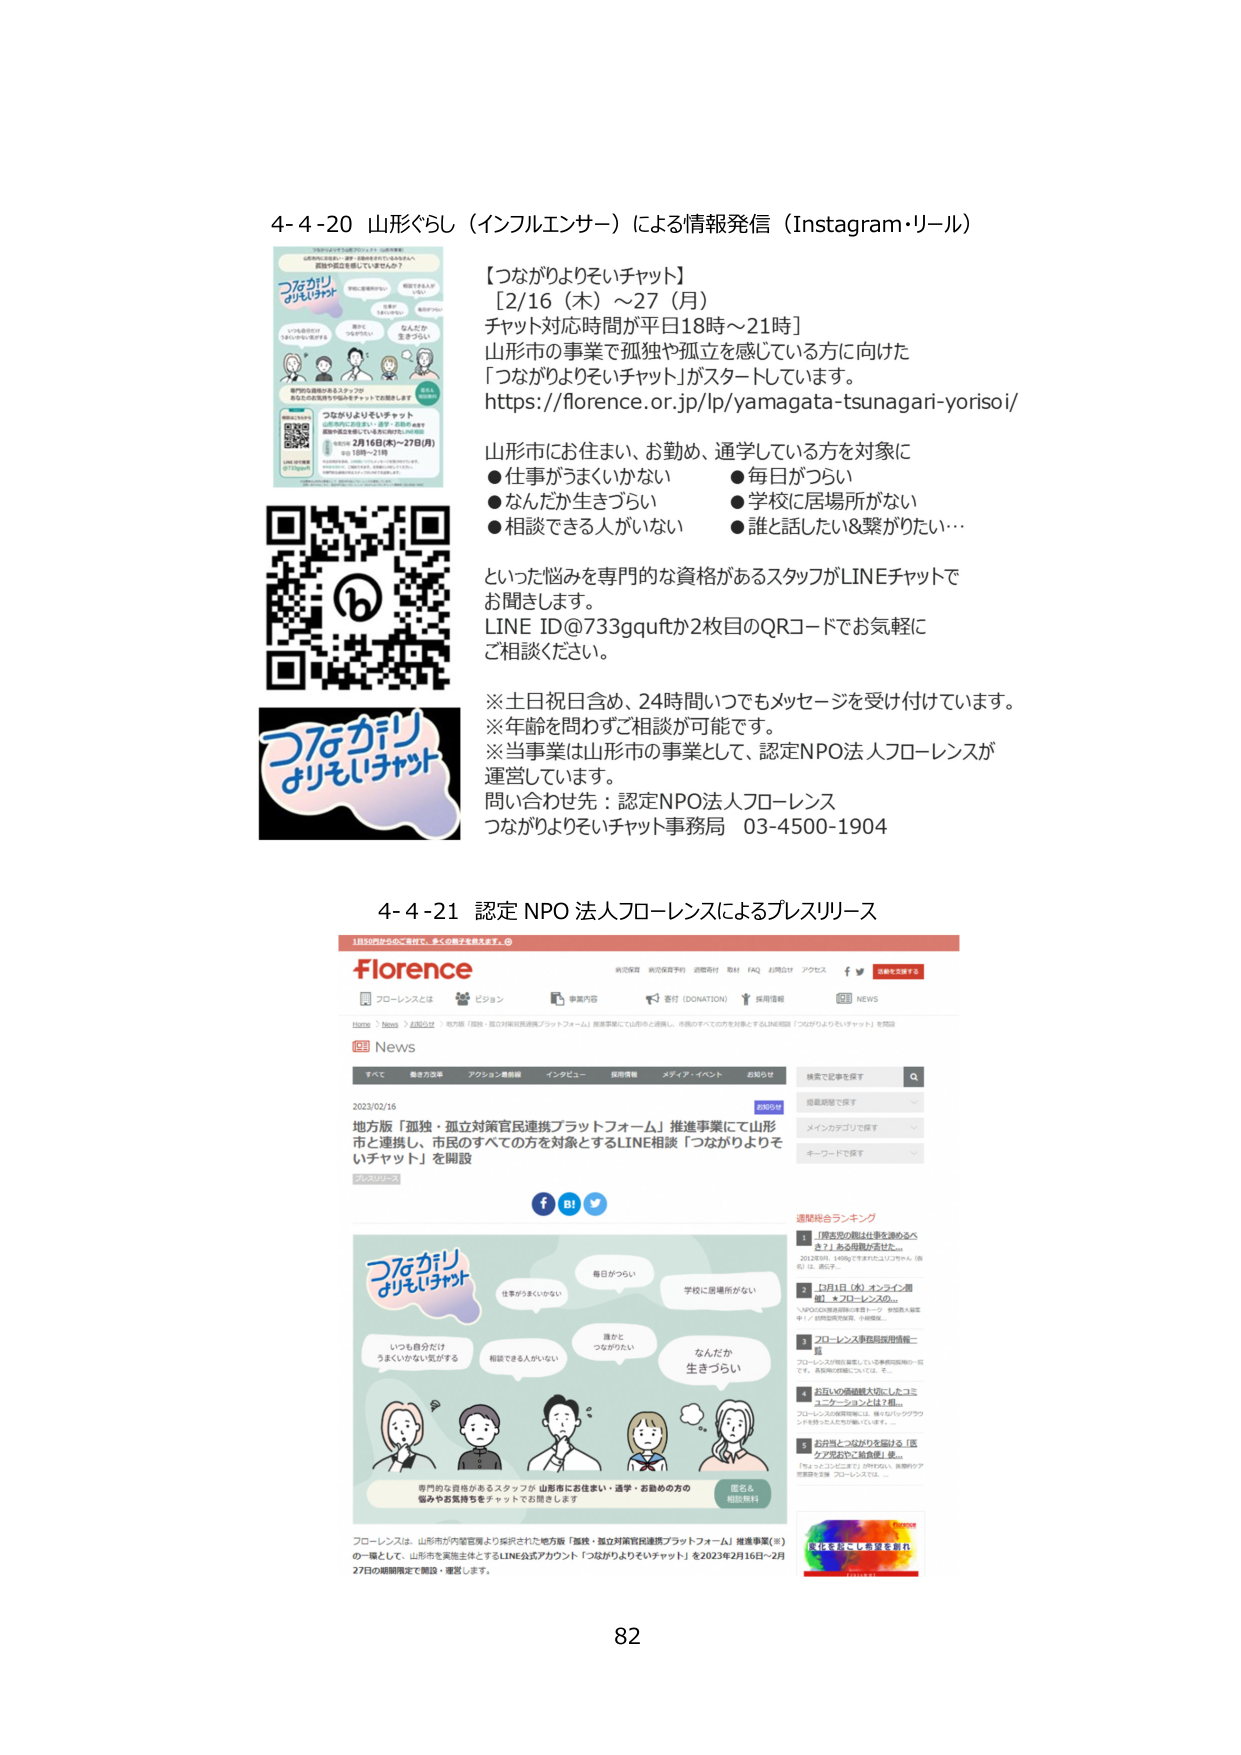
4-4-20 山形ぐらし（インフルエンサー）による情報発信（Instagram・リール）

【つながりよりそいチャット】
[2/16（木）～27（月）]
チャット対応時間が平日18時～21時]
山形市の事業で孤独や孤立を感じている方に向けた
「つながりよりそいチャット」がスタートしています。
https://florence.or.jp/lp/yamagata-tsunagari-yorisoi/

山形市にお住まい、お勤め、通学している方を対象に
●仕事がうまくいかない　　　●毎日がつらい
●なんだか生きづらい　　　　●学校に居場所がない
●相談できる人がいない　　　●誰と話したい＆繋がりたい…

といった悩みを専門的な資格があるスタッフがLINEチャットで
お聞きします。
LINE ID@733gquftか2枚目のQRコードでお気軽に
ご相談ください。

※土日祝日含め、24時間いつでもメッセージを受け付けています。
※年齢を問わずご相談が可能です。
※当事業は山形市の事業として、認定NPO法人フローレンスが
運営しています。
問い合わせ先：認定NPO法人フローレンス
つながりよりそいチャット事務局　03-4500-1904

4-4-21 認定 NPO 法人フローレンスによるプレスリリース

florence
ホーム > News > お知らせ > 地方版「孤独・孤立対策官民連携プラットフォーム」推進事業にて山形市と連携し、市民のすべての方を対象とするLINE相談「つながりよりそいチャット」を開設

News
すべて　最近の記事　アクション連絡　インタビュー　採用情報　メディア・イベント　お知らせ

2023/02/16
地方版「孤独・孤立対策官民連携プラットフォーム」推進事業にて山形市と連携し、市民のすべての方を対象とするLINE相談「つながりよりそいチャット」を開設

つながりよりそいチャット
仕事がうまくいかない　毎日がつらい　学校に居場所がない
いつも自分だけうまくいかない気がする　誰かとつながりたい　なんだか生きづらい
相談できる人がいない

専門的な資格があるスタッフが 山形市にお住まい・通学・お勤めの方の悩みやお気持ちをチャットでお聞きします
匿名＆相談無料

フローレンスは、山形市が内閣官房より採択された地方版「孤独・孤立対策官民連携プラットフォーム」推進事業(※)の一環として、山形市を実施主体とするLINE公式アカウント「つながりよりそいチャット」を2023年2月16日～2月27日の期間限定で開設・運営します。

連載総合ランキング
1 「原告の親は仕事を諦めるべき？」ある母親が話した…
2 1月1日（水）オンライン開催！★フローレンスの…
3 フローレンス事務局長特別講演ー
4 お住いの地域を大切にしたコミュニティーアクションとは？
5 お弁当とつながりを届ける「医ケアプロジェクト給食便」を…

82